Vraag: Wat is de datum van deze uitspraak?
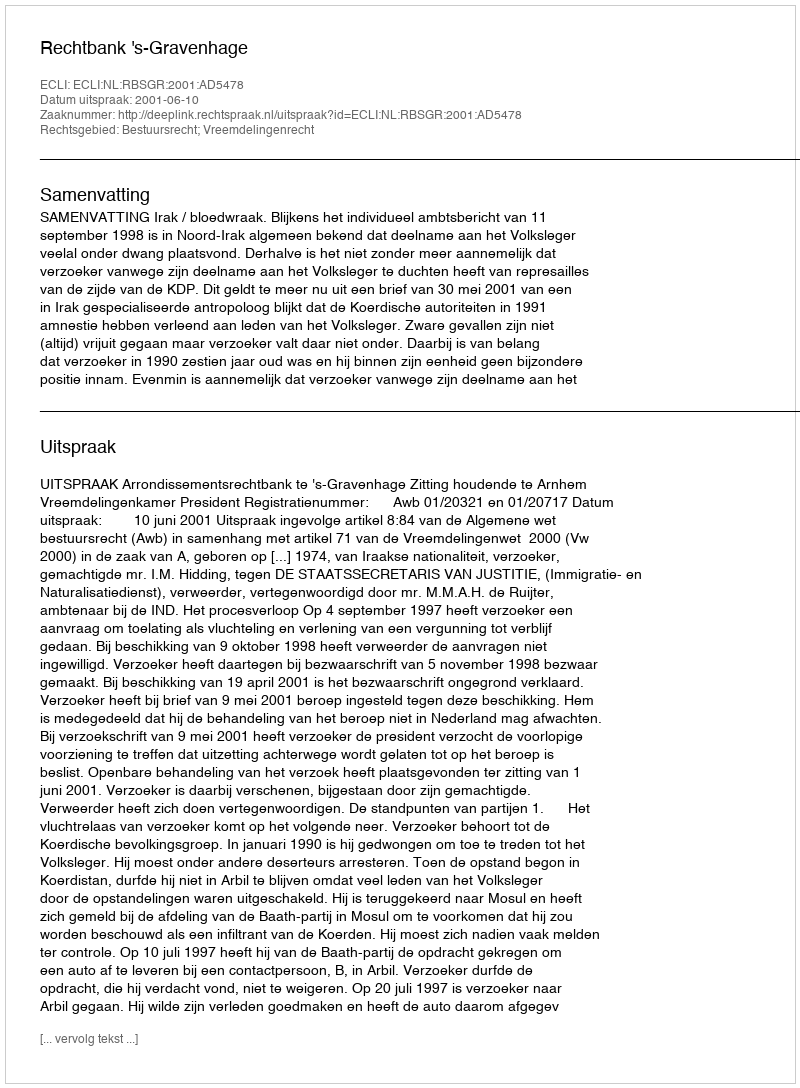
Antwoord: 2001-06-10